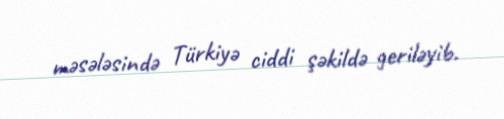
məsələsində Türkiyə ciddi şəkildə geriləyib.